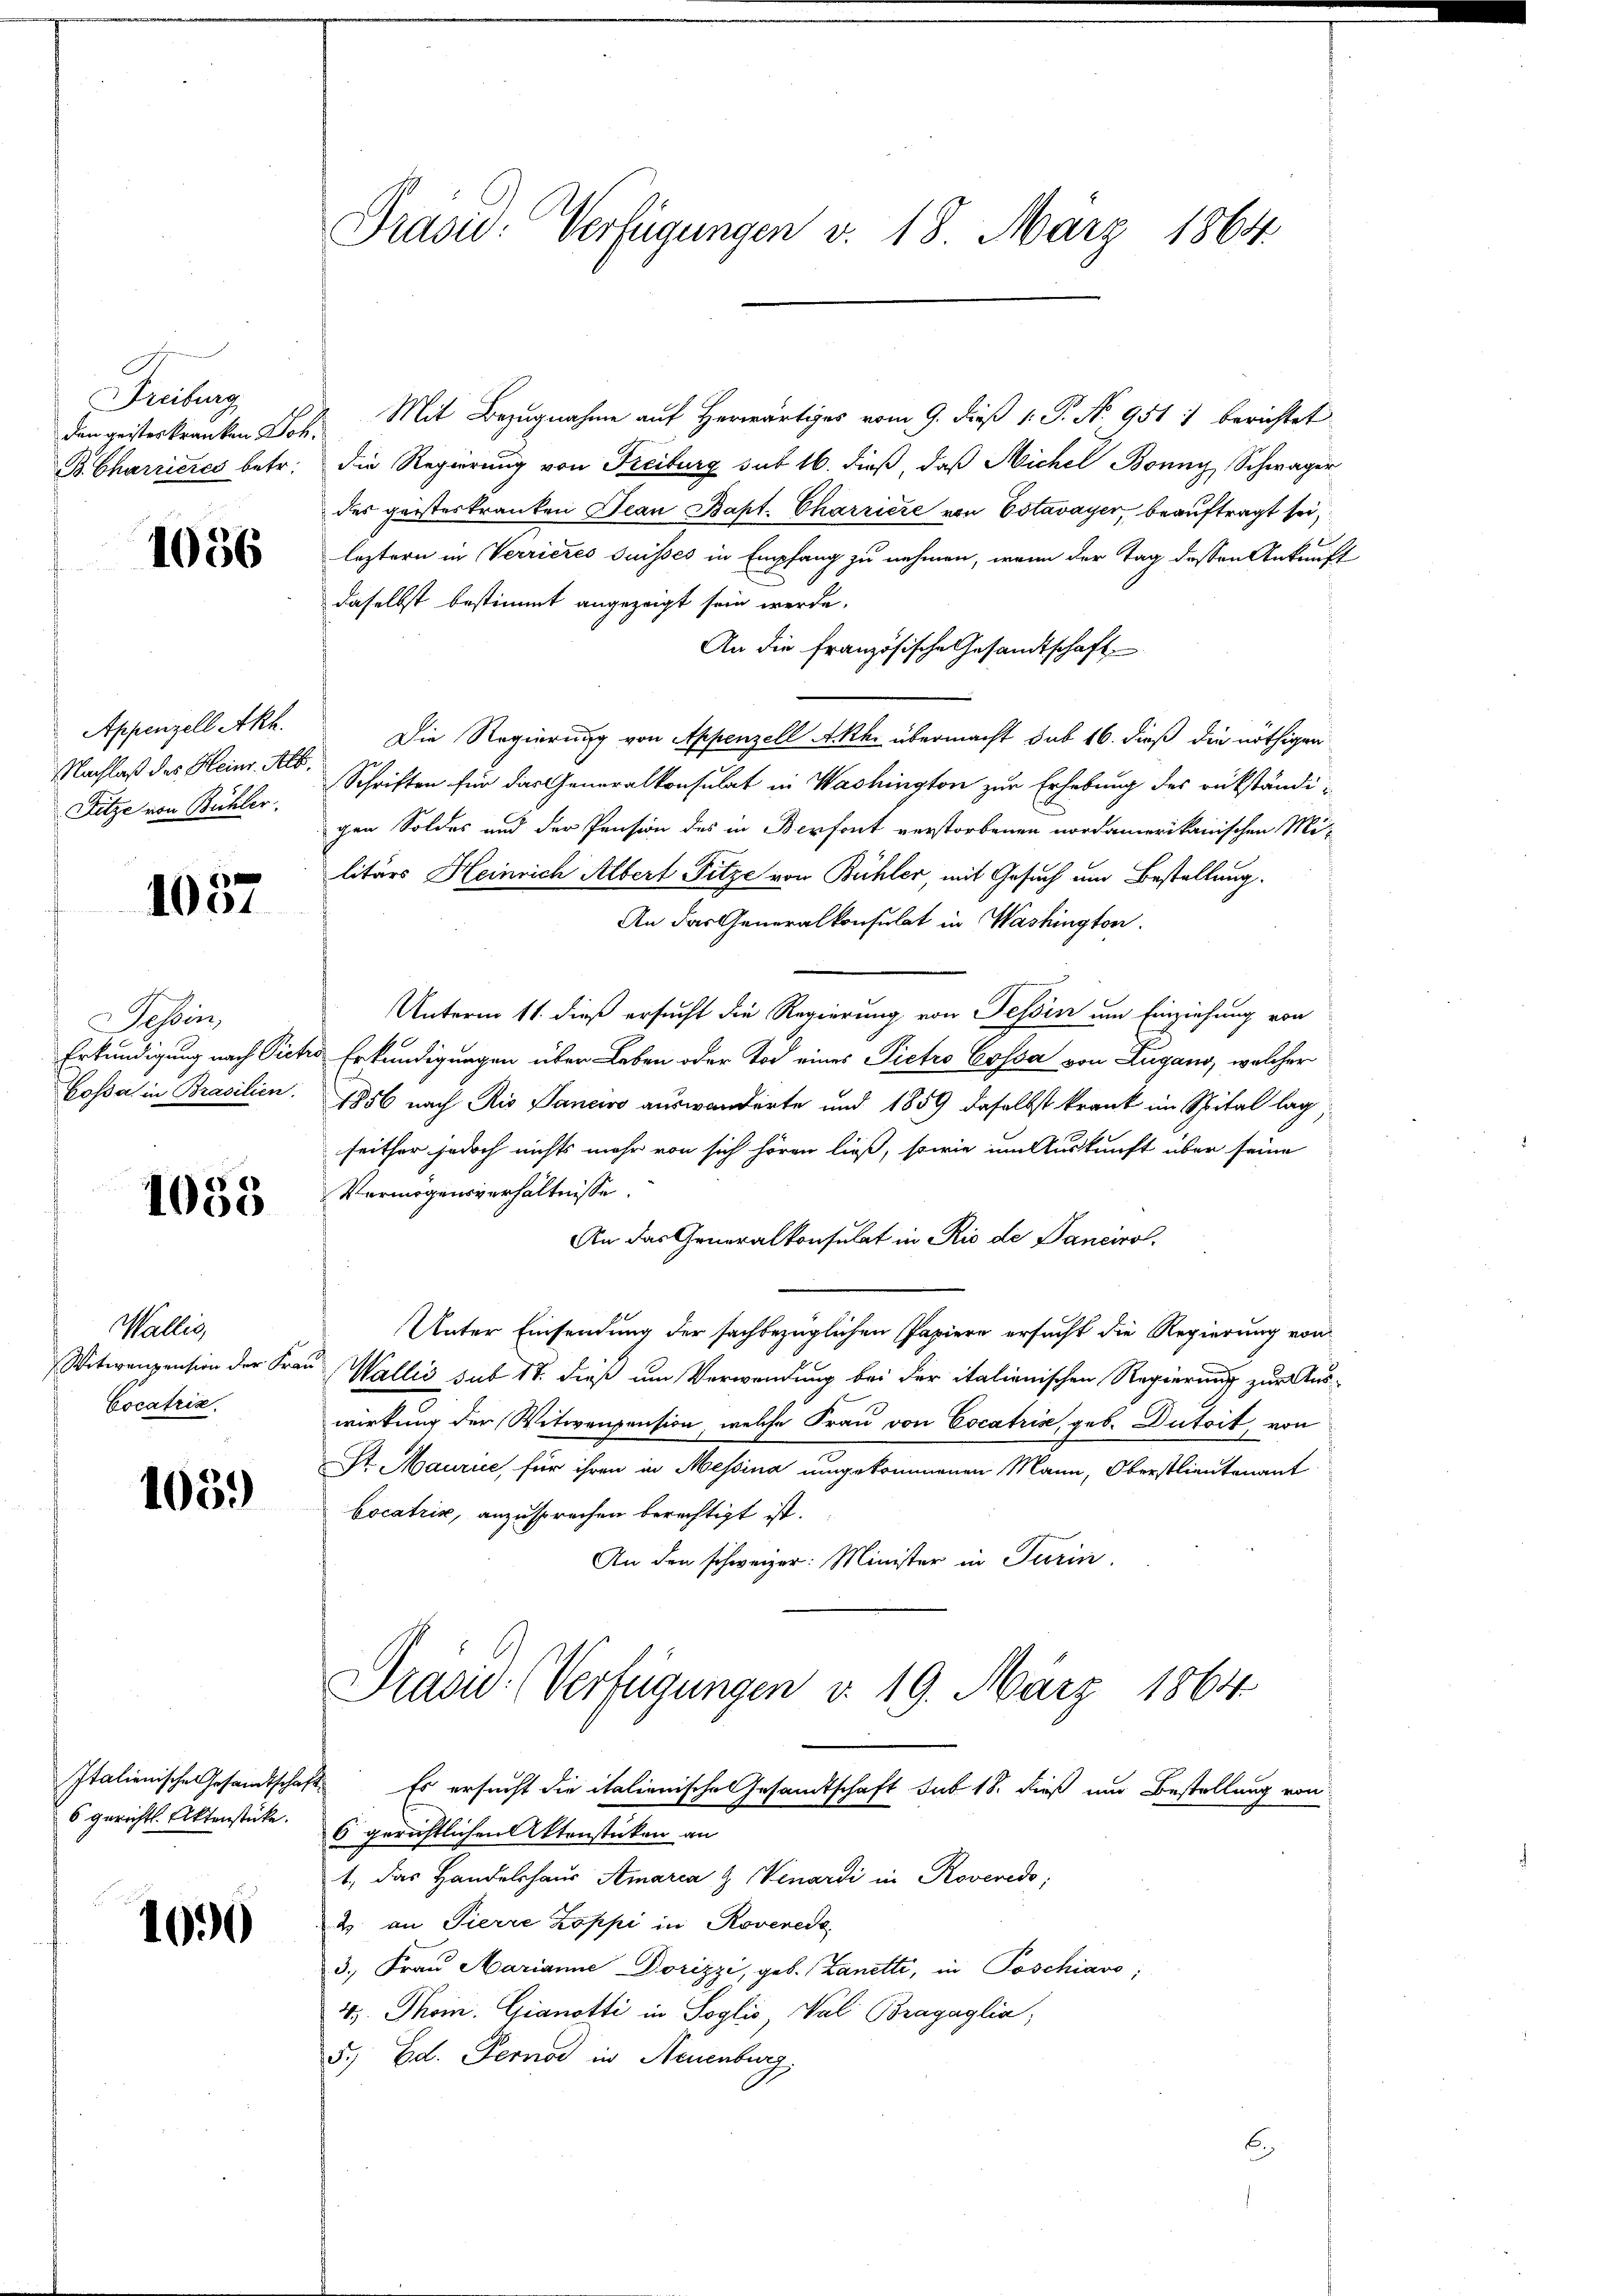
Freiburg

Appenzell Akh.
Nachlaß des Heinr. Alb.
Fitze von Bühler.
Tessin,

1057

1053

Wallis,
Cocatrix.

1059

Präsid. Verfügungen v. 18. März 1864.

den geisterkranken Joh. Mit Bezugnahme auf Herwärtiges vom 9. dieß 1. P. No 951 1 berichtet
B. Charrieres betr. die Regierung von Freiburg sub 16. dieß, daß Michel Bonny, Schwager
des geisteskranken Jean Bapt. Charriere von Estavayer, beauftragt sei,
 leztern in Verrieres Suisses in Empfang zu nehmen, wenn der Tag dessen Ankunft
daselbst bestimmt angezeigt sein werde.
An die französische Gesandtschaft
Die Regierung von Appenzell Akh. übermacht sub 16. dieß die nöthigen
Schriften für das Generalkonsulat in Washington zur Erhebung des rükständigen Soldes und der Pension des in Berfont verstorbenen nordamerikanischen Mi-
litärs Heinrich Albert Fitze von Bühler, mit Gesuch um Bestellung.
An das Generalkonsulat in Washington.
Unterm 11. dieß ersucht die Regierung von Tessin um Einziehung von
Erkundigung nach Pictio Erkundigungen über Leben oder Tod eines Pietro Cossa von Zugano, welcher
Gossa in Brasilien. 1856 nach Rio Sanciro auswanderte und 1859 daselbst krank im Spital lag
seither jedoch nichts mehr von sich hören ließ, sowie um Auskunft über seine
Vermögensverhältnisse.
An das Generalkonsulat in Rio de Sancirol.
Unter Einsendung der sachbezüglichen Papiere ersucht die Regierung von
Witwenpension der Frau Wallis sub 17. dieß um Verwendung bei der italienischen Regierung zur Auswirkung der Witwensension, welche Frau von Cocatris, geb. Dutoit, von
St. Maurice, für ihren in Messina umgekommenen Mann, Oberstlieutenant
bocatrir, anzusprechen berechtigt ist.
An den schweizer: Minister in Turin
Prasis (Verfügungen v. 19. März 1864.
Italienische Gesandtschaft. Es ersucht die italienische Gesandtschaft sub 18. dieß und Bestellung von
6 gerichts Aktenstücke. Es gerichtlichen Aktenstücken an
1., das Handelshaus Amarca & Venardi in Roveredo,
6 2. an Pierre Koppi in Rovered
3. Frau Marianne Dorizzi, geb. Lanetti, in Poschiavo,
4. Thom. Gianotti in Soglio, Val Bragaglia,
5.) Ed. Fernod in Neuenburg
6.